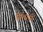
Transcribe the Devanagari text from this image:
सिंन्धयों